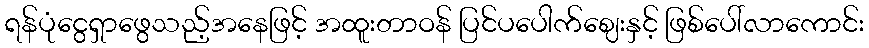
ရန်ပုံငွေရှာဖွေသည့်အနေဖြင့် အထူးတာဝန် ပြင်ပပေါက်ဈေးနှင့် ဖြစ်ပေါ်လာကောင်း